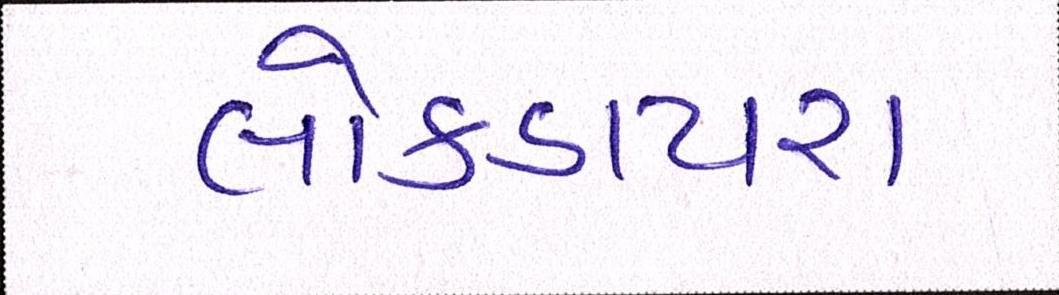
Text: લોકડાયરા